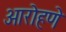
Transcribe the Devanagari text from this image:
आरोहणे